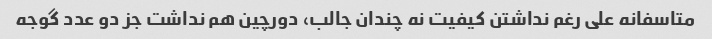
متاسفانه علی رغم نداشتن کیفیت نه چندان جالب، دورچین هم نداشت جز دو عدد گوجه